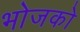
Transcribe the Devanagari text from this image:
भोजको